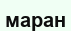
маран